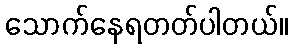
သောက်နေရတတ်ပါတယ်။